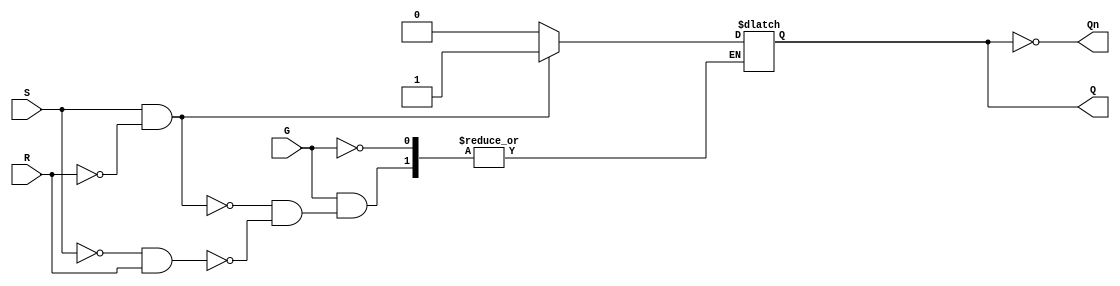
module gated_sr_latch (
    input wire S,      // Set input
    input wire R,      // Reset input
    input wire G,      // Enable signal
    output reg Q,      // Output Q
    output wire Qn     // Complementary output Q'
);

// Assign the complementary output Qn
assign Qn = ~Q;

// Always block to implement the gated SR latch behavior
always @ (G or S or R) begin
    if (G) begin
        if (S && !R) begin
            Q <= 1'b1;  // Set Q to 1
        end else if (!S && R) begin
            Q <= 1'b0;  // Reset Q to 0
        end
        // If both S and R are low, maintain the current state
        // If both S and R are high, this is an invalid state
    end
    // When G is low, retain the current state of Q
end

endmodule